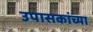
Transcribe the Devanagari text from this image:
उपासकांच्या